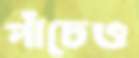
পাঁচেও